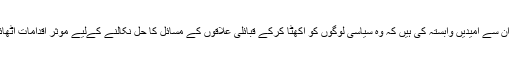
اب عوام نے ان سے امیدیں وابستہ کی ہیں کہ وہ سیاسی لوگوں کو اکھٹا کرکے قبائلی علاقوں کے مسائل کا حل نکالنے کےلیے موثر اقدامات اٹھائیں ہوں گے۔